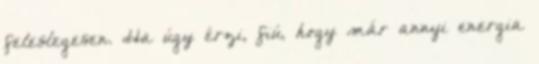
feleslegesen. Ha úgy érzi, fiú, hogy már annyi energia